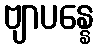
ဗျာပန္နေ